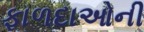
ફાળદાઓની